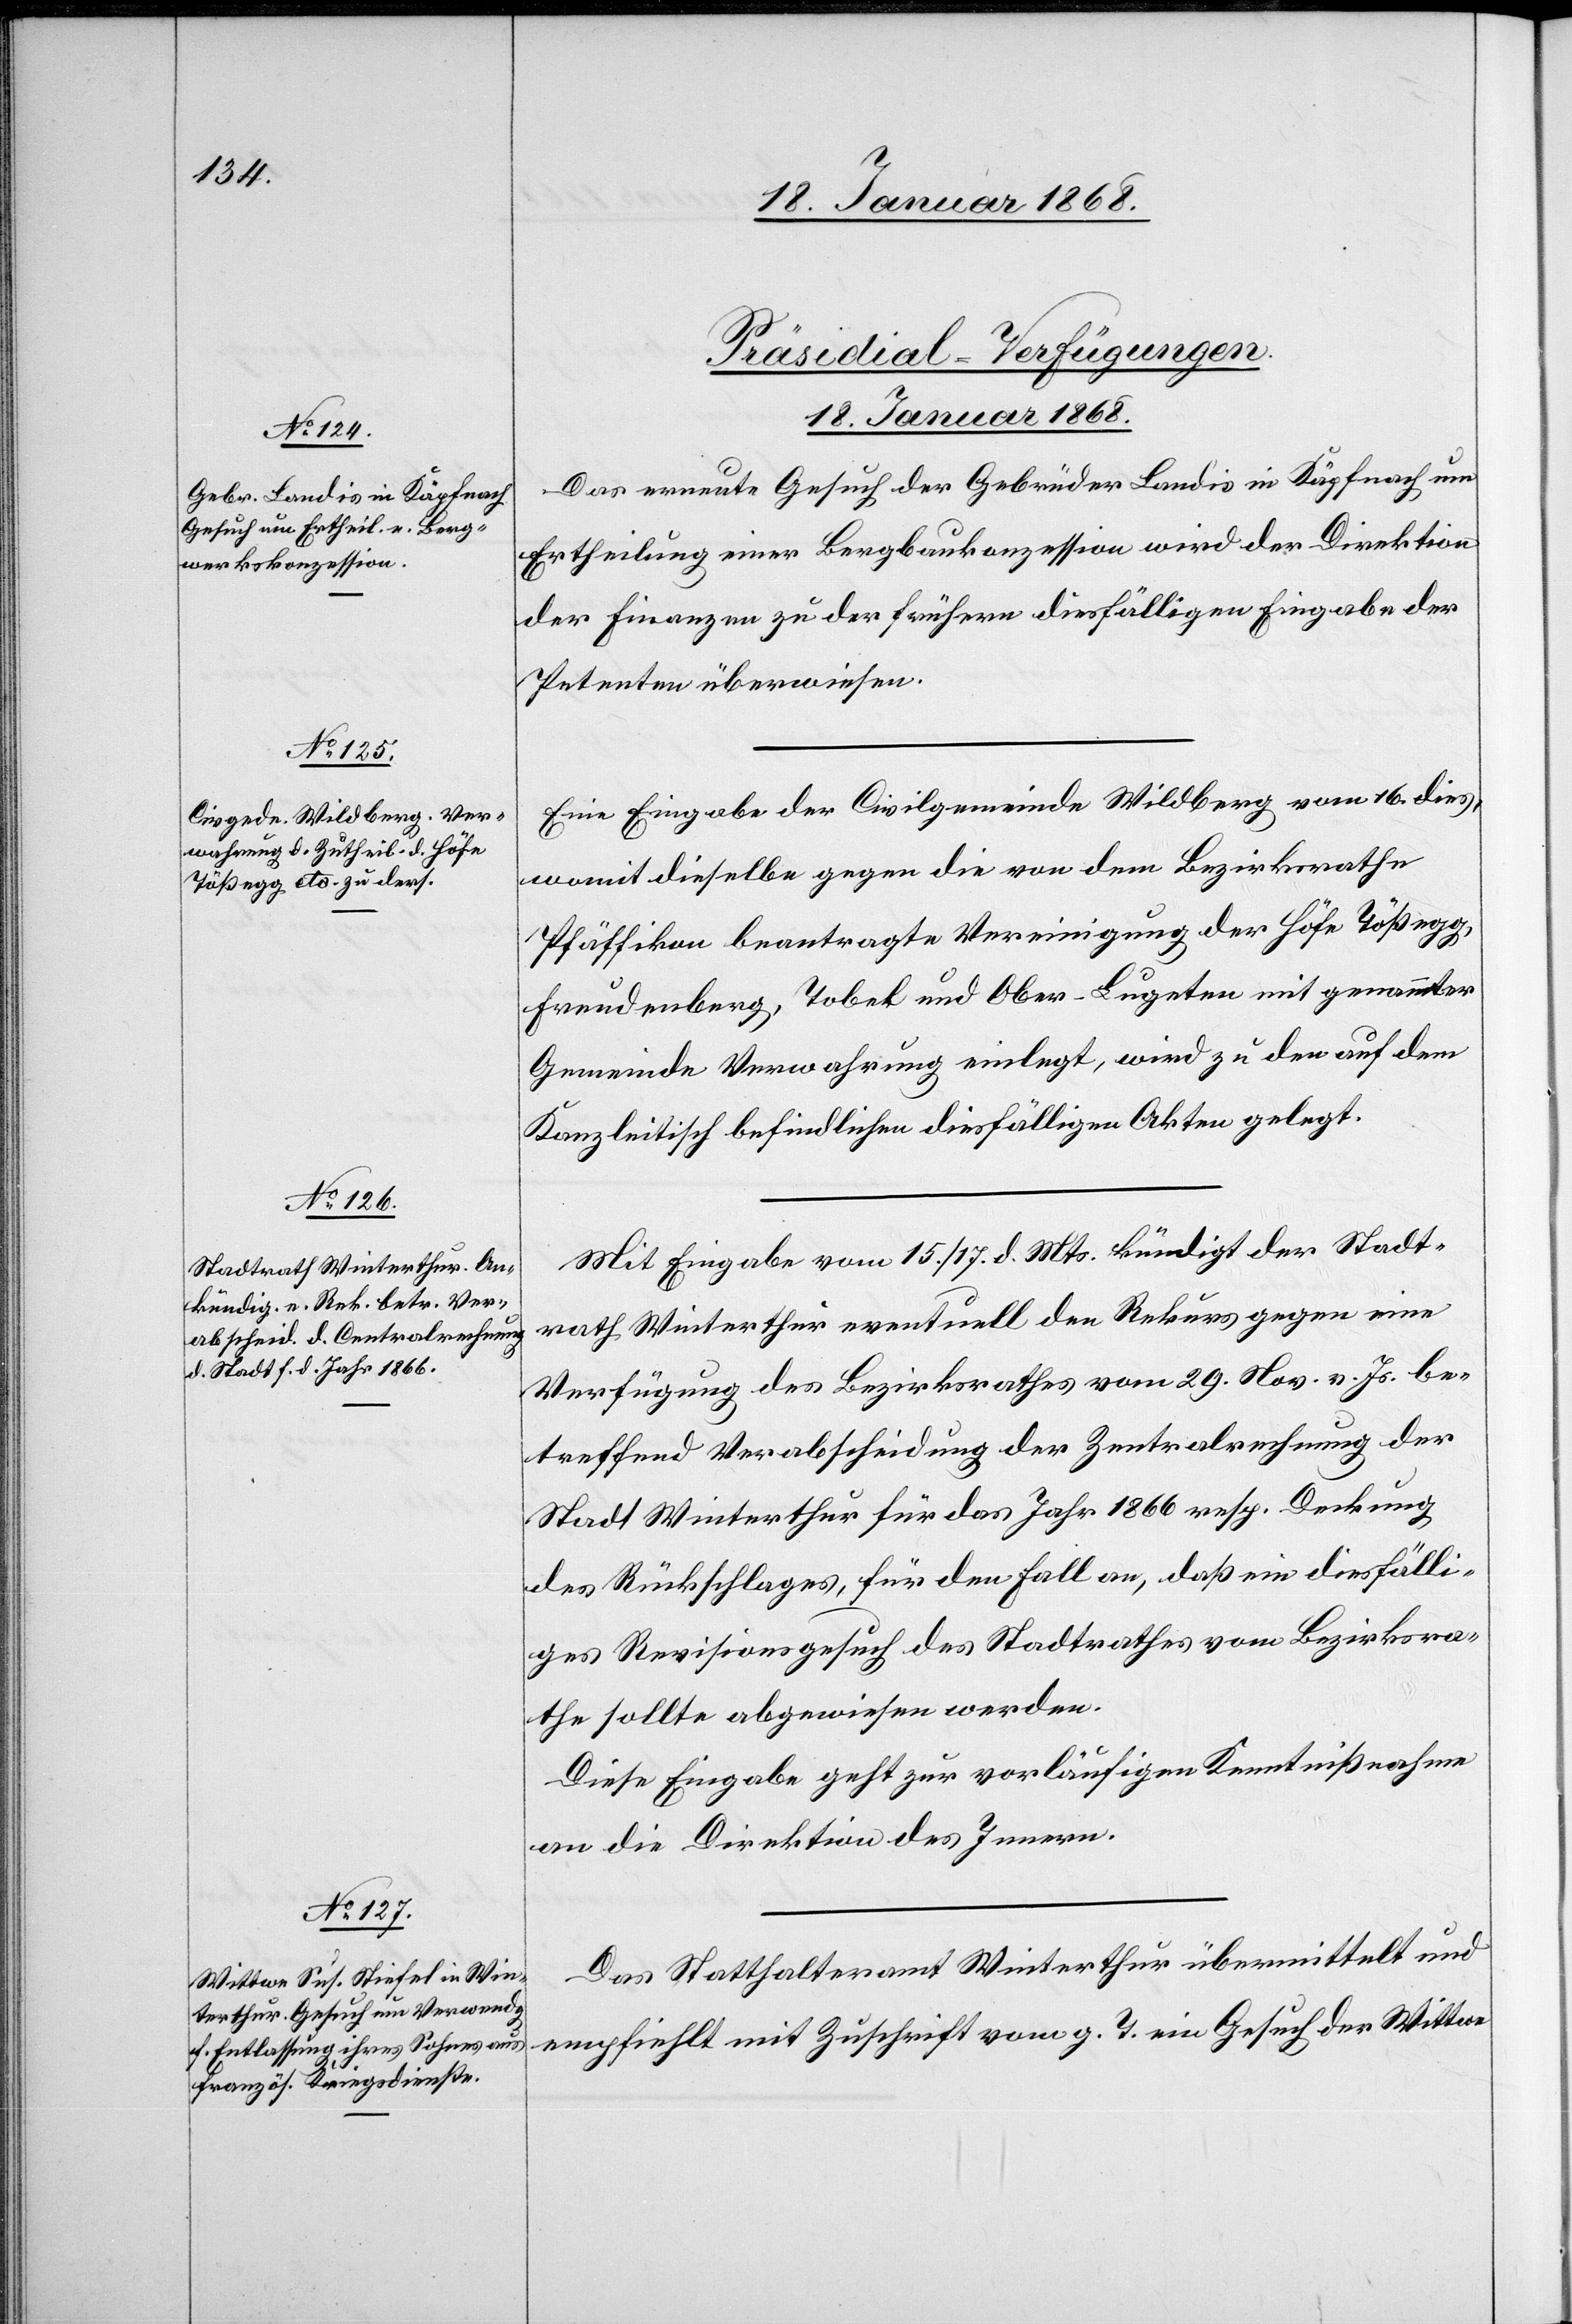
[Präsidial-Verfügungen.
18. Januar 1868.]
Das erneute Gesuch der Gebrüder Landis in Käpfnach um
Ertheilung einer Bergbaukonzession wird der Direktion
der Finanzen zu der frühern diesfälligen Eingabe der
Petenten überwiesen.
Eine Eingabe der Civilgemeinde Wildberg vom 16. dies,
womit dieselbe gegen die von dem Bezirksrathe
Pfäffikon beantragte Vereinigung der Höfe Tößegg,
Freudenberg, Tobel und Ober-Lugeten mit genannter
Gemeinde Verwahrung einlegt, wird zu den auf dem
Kanzleitisch befindlichen diesfälligen Akten gelegt.
Mit Eingabe vom 15. / 17. d. Mts. kündigt der Stadt¬
rath Winterthur eventuell den Rekurs gegen eine
Verfügung des Bezirksrathes vom 29. Nov. v. Js. be¬
treffend Verabscheidung der Zentralrechnung der
Stadt Winterthur für das Jahr 1866 resp. Deckung
des Rückschlages, für den Fall an, daß ein diesfälli¬
ges Revisionsgesuch des Stadtrathes vom Bezirksra¬
the sollte abgewiesen werden.
Diese Eingabe geht zur vorläufigen Kenntnißnahme
an die Direktion des Innern.
Das Statthalteramt Winterthur übermittelt und
empfiehlt mit Zuschrift vom g. T. ein Gesuch der Wittwe